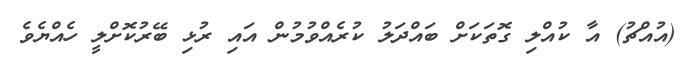
(އުއްޗު) އާ ކުއްލި ގޮތަކަށް ބައްދަލު ކުރެއްވުމުން އައި ރުޅި ބޭރުކޮށްލީ ހެއްޔެވެ